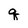
Character: q